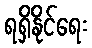
ရရှိနိုင်ရေး